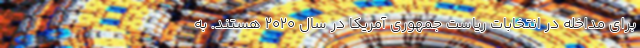
برای مداخله در انتخابات ریاست جمهوری آمریکا در سال ۲۰۲۰ هستند. به